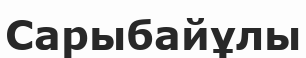
Сарыбайұлы